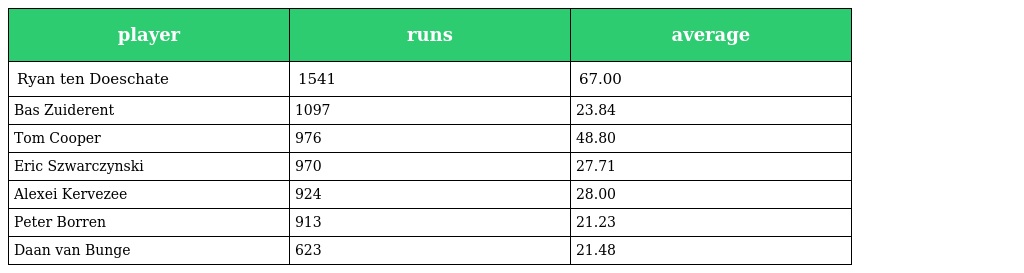
| player | runs | average |
 | --- | --- | --- |
 | Ryan ten Doeschate | 1541 | 67.00 |
 | Bas Zuiderent | 1097 | 23.84 |
 | Tom Cooper | 976 | 48.80 |
 | Eric Szwarczynski | 970 | 27.71 |
 | Alexei Kervezee | 924 | 28.00 |
 | Peter Borren | 913 | 21.23 |
 | Daan van Bunge | 623 | 21.48 |